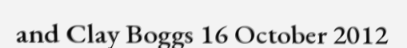
and Clay Boggs 16 October 2012